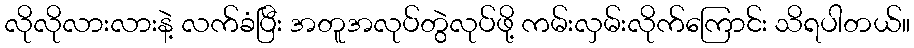
လိုလိုလားလားနဲ့ လက်ခံပြီး အတူအလုပ်တွဲလုပ်ဖို့ ကမ်းလှမ်းလိုက်ကြောင်း သိရပါတယ်။